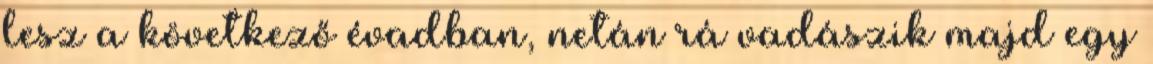
lesz a következő évadban, netán rá vadászik majd egy